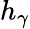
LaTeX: h_{\gamma}